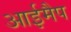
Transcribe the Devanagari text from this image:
आईमैप